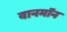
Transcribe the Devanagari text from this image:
वानमॉन